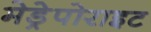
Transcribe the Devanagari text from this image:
मेड्रेपोराइट